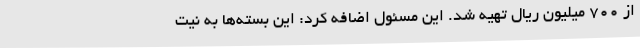
از 700 میلیون ریال تهیه شد. این مسئول اضافه کرد: این بسته‌ها به نیت